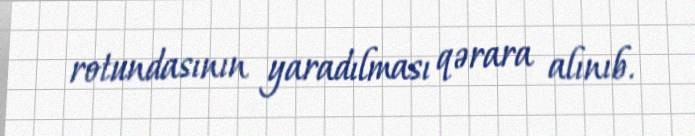
rotundasının yaradılması qərara alınıb.